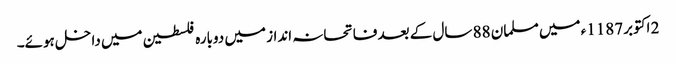
2 اکتوبر 1187ء میں مسلمان 88 سال کے بعد فاتحانہ انداز میں دوبارہ فلسطین میں داخل ہوئے۔